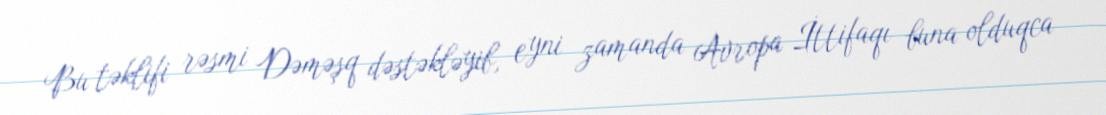
Bu təklifi rəsmi Dəməşq dəstəkləyib, eyni zamanda Avropa İttifaqı buna olduqca